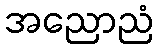
အညောညံ